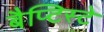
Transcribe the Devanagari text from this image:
बैप्टिस्टे